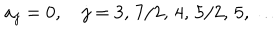
a _ { j } = 0 , \quad j = 3 , \, 7 / 2 , \, 4 , \, 5 / 2 , \, 5 , \, \ldots